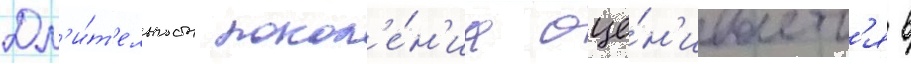
Дл'и́т'ельность покол'е́н'иа оце́н'иваетс'я в